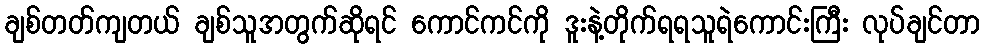
ချစ်တတ်ကျတယ် ချစ်သူအတွက်ဆိုရင် ကောင်ကင်ကို ဒူးနဲ့တိုက်ရရသူရဲကောင်းကြီး လုပ်ချင်တာ